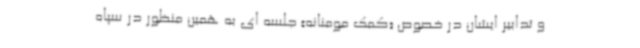
و تدابیر ایشان در خصوص «کمک مومنانه» جلسه ای به همین منظور در سپاه